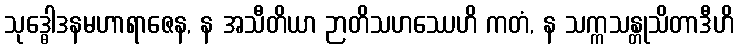
သုဒ္ဓေါဒနမဟာရာဇေန, န အသီတိယာ ဉာတိသဟဿေဟိ ကတံ, န သက္ကသန္တုသိတာဒီဟိ